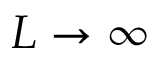
L \rightarrow \infty